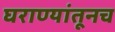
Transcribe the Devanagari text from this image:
घराण्यांतूनच